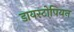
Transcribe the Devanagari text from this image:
डायस्टोपियन